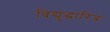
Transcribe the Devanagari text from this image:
विद्युद्धारित्र